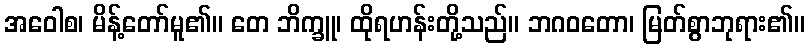
အဝေါစ၊ မိန့်တော်မူ၏။ တေ ဘိက္ခူ၊ ထိုရဟန်းတို့သည်။ ဘဂဝတော၊ မြတ်စွာဘုရား၏။